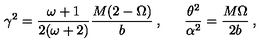
\gamma ^ { 2 } = \frac { \omega + 1 } { 2 ( \omega + 2 ) } \frac { M ( 2 - \Omega ) } { b } \: , \: \: \: \: \: \: \: \frac { \theta ^ { 2 } } { \alpha ^ { 2 } } = \frac { M \Omega } { 2 b } \: ,